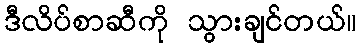
ဒီလိပ်စာဆီကို သွားချင်တယ်။